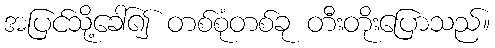
အပြင်သို့ခေါ်၍ တစ်စုံတစ်ခု တီးတိုးပြောသည်။